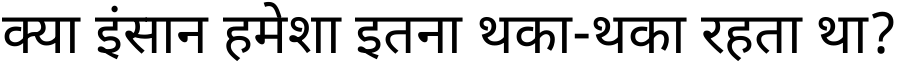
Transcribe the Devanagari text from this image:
क्या इंसान हमेशा इतना थका-थका रहता था?